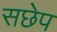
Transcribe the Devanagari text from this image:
सछेप